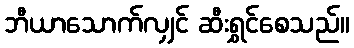
ဘီယာသောက်လျှင် ဆီးရွှင်စေသည်။